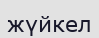
жүйкел